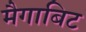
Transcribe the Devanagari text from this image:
मैगाबिट